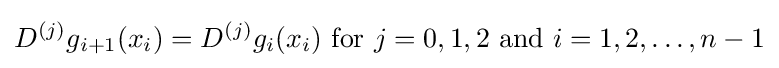
D^{(j)}g_{i+1}(x_{i})=D^{(j)}g_{i}(x_{i}){\text{ for }}j=0,1,2{\text{ and }}i=1,2,\ldots ,n-1